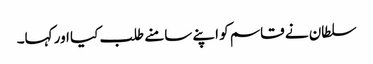
سلطان نے قاسم کو اپنے سامنے طلب کیا اور کہا۔